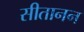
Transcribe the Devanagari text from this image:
सीतानन